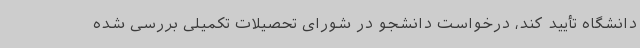
دانشگاه تأیید کند، درخواست دانشجو در شورای تحصیلات تکمیلی بررسی شده